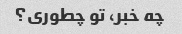
چه خبر، تو چطوری؟